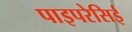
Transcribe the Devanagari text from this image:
पाइपरेसिई